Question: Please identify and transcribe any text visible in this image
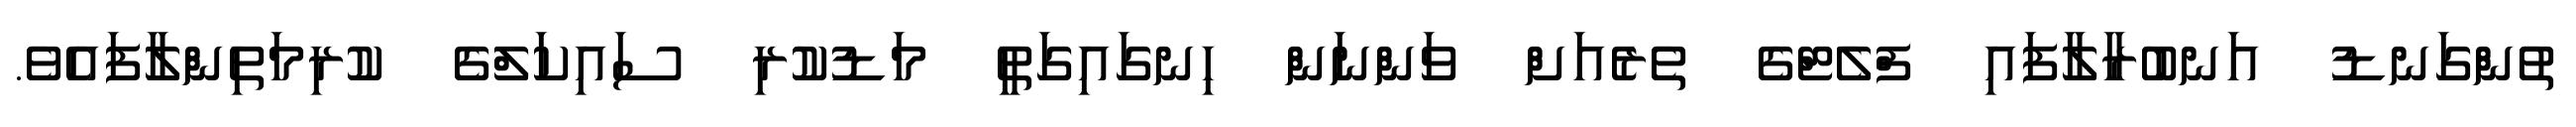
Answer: ތުންގަނޑު އަނބުރާލާފައި ފްލެޓްގެ ތެރެއަށް ވަންނަން ހިނގައިގަތީ މަޑުކުރި ސައިކަލްގެ ކުރިމަތިންލާފައެވެ.